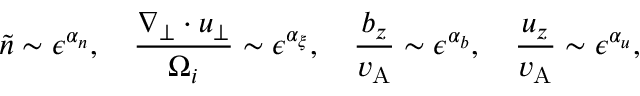
\tilde { n } \sim \epsilon ^ { \alpha _ { n } } , \quad \frac { \nabla _ { \perp } \cdot \boldsymbol { u } _ { \perp } } { \Omega _ { i } } \sim \epsilon ^ { \alpha _ { \xi } } , \quad \frac { b _ { z } } { v _ { \mathrm { A } } } \sim \epsilon ^ { \alpha _ { b } } , \quad \frac { u _ { z } } { v _ { \mathrm { A } } } \sim \epsilon ^ { \alpha _ { u } } ,